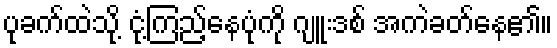
ပုခက်ထဲသို့ ငုံ့ကြည့်နေပုံကို ဂျူးဒစ် အကဲခတ်နေ၏။